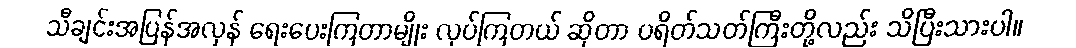
သီချင်းအပြန်အလှန် ရေးပေးကြတာမျိုး လုပ်ကြတယ် ဆိုတာ ပရိတ်သတ်ကြီးတို့လည်း သိပြီးသားပါ။